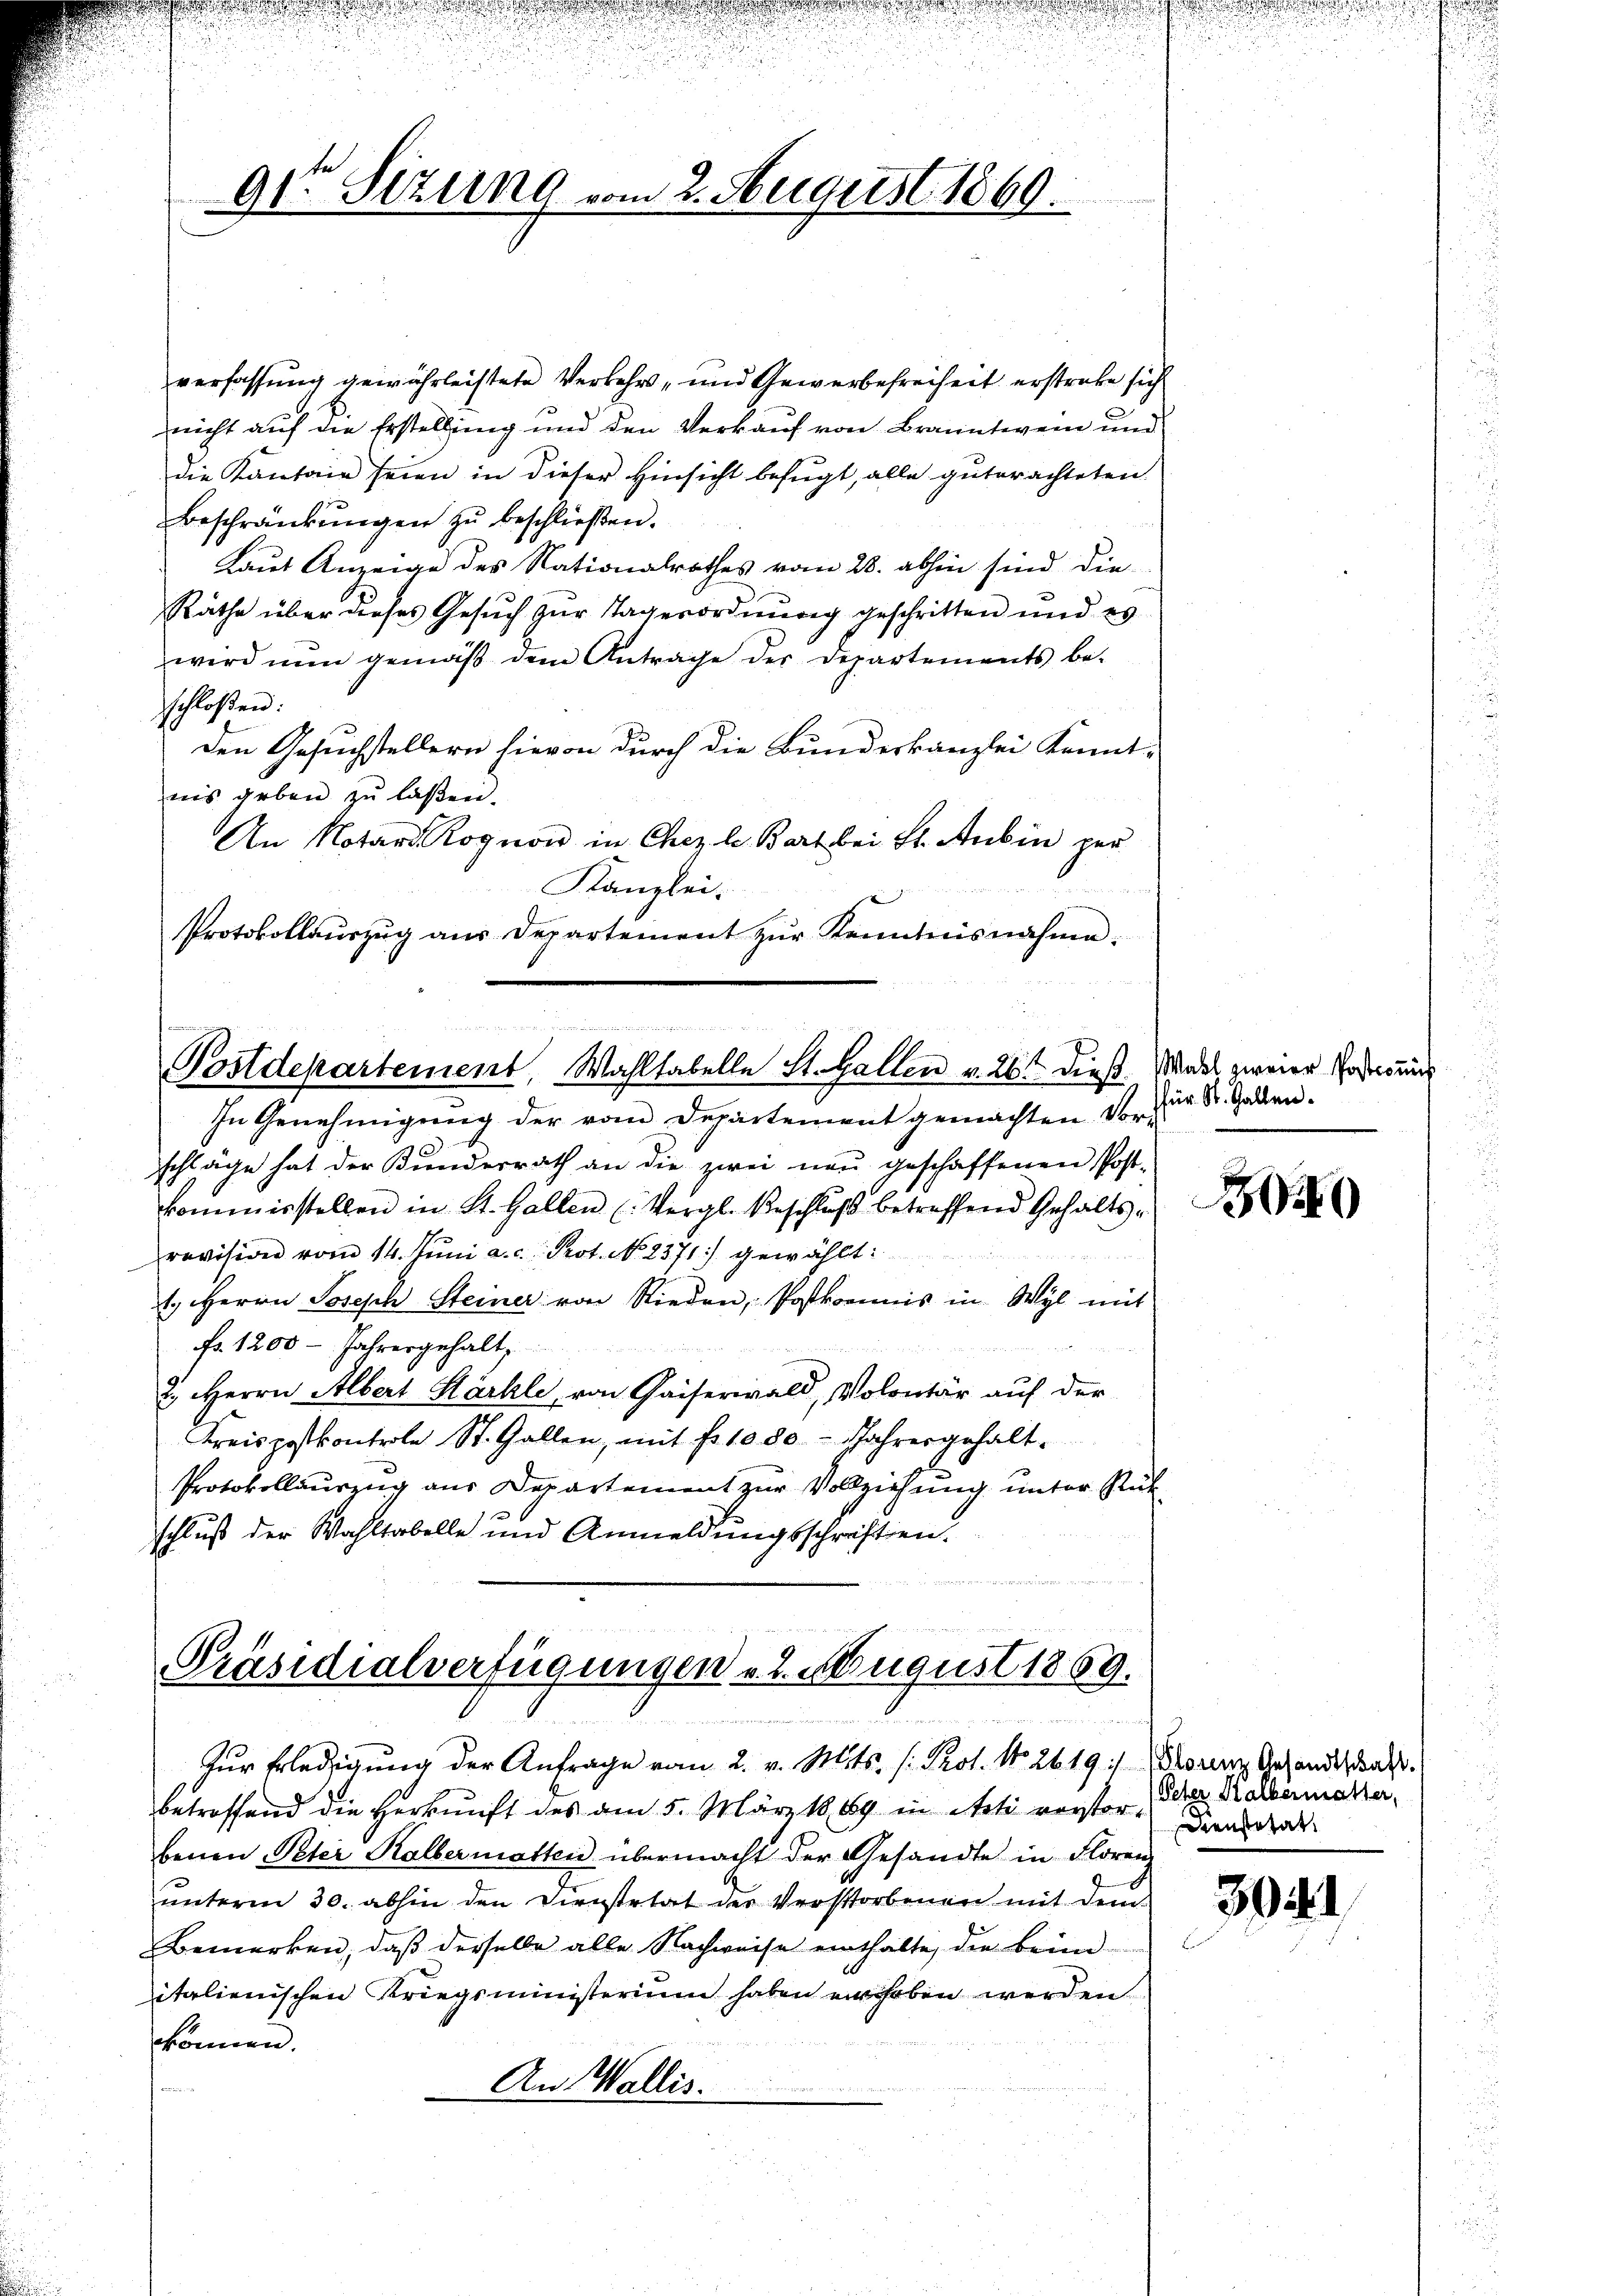
verfassung gewährleistete Verkehrs- und Gewerbefreiheit erstreke sich
nicht auf die Erstellung und den Verkauf von Branntwein und
die Kantone seien in dieser Hinsicht befugt, alle guterachteten.
Beschränkungen zŭ beschlieβen.
Laut Anzeige des Nationalrathes vom 28. abhin sind die-
Räthe über dieses Gesŭch zur Tagesordnung geschritten und es
wird nun gemäβ dem Antrage der Departements be-
schloßen:
Den Gesuchstellern hievon durch die Bundeskanzlei Kennt-
nis geben zu laßen.
An Notar Rognon in Chez le Bart bei St. Aubin per

Kanzlei.
Protokollaŭszŭg aŭs Departement zŭr Kenntnisnahme:

9te Sitzung vom 2. August 1869.

Bei der nichten besten H
n
Postdepartement, Wahltabelle St. Gallen v. 26 dieß. Mindes zweier Postung

In Genehmigung der vom Departement gemachten Vorschläge hat der Bundesrath an die zwei neu geschaffenen Post-
kommisstellen in St. Gallen (Vergl. Beschlŭβ betreffend Gehalts-
revision vom 14. Jŭni a.c. Prot. No 2371) gewählt:
1. Herrn Joseph Steiner von Rieden, Postkommnis in Wyl mit
fr. 1200 - Jahresgehalt¬
2.) Herrn Albert Kärhle, von Kaiserwald, Volontär auf der
Kreispostkontrole St. Gallen, mit fr. 1000 Jahresgehalt.
Protokollauszug aus Departement zur Vollziehung unter Rükschluß der Wahltabelle und Anmeldungsschriften.

Präsidialverfügungen v. 2. August 1869.

Zur Erledigung der Anfrage vom 2. v. Mts. (: Prot. No. 2619/ Drounz Gesandtschaft.

betreffend die Herkunft des am 5. März 1889 in Acti verstorbenen Peter Kalbermatten übermacht der Gesandte in Florenz
ŭnterm 30. abhin den Dienstetat der Verstorbenen mit dem
Bemerken, daß derselbe alle Nachweise einthalte, die beim
italienischen Kriegsministerium haben erhoben werden.
können.
An Wallis.

für St. Gallen.

i

Peter Halbermatter,
Dienstatat.

30 f 1